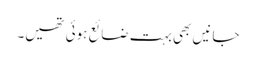
جانیں بھی بہت ضائع ہوئی تھیں۔